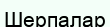
Шерпалар